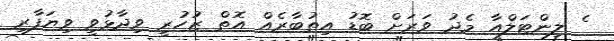
ެ ލިންޓަލްއާ މެދު ވަރަށް ބޮޑު އިތުބާރެއް އޮތް ޒުހުރީ ވިދާޅުވީ ވިޔަފާރި